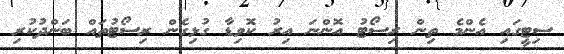
ސިޓީގައި އެންމެ ތިން ރިސޯޓު އޮންނަ އިރު ކޮވިޑާ ގުޅިގެން ރިސޯޓުތައް ބަންދުކުރި